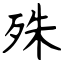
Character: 殊